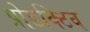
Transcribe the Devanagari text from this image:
प्रोडक्टिव